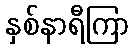
နှစ်နာရီကြာ